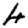
Digit: 4